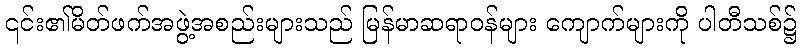
၎င်း၏မိတ်ဖက်အဖွဲ့အစည်းများသည် မြန်မာဆရာဝန်များ ကျောက်များကို ပါတီသစ်၌